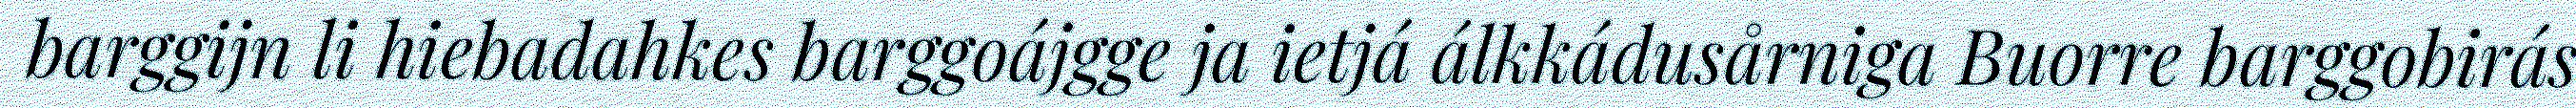
barggijn li hiebadahkes barggoájgge ja ietjá álkkádusårniga Buorre barggobirás